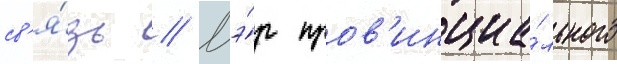
св'я́зь // Мэ́р пров'инциа́льного